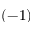
( - 1 )